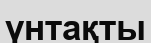
үнтақты